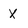
Character: X